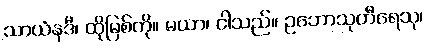
သာယံနဒီ၊ ထိုမြစ်ကို။ မယာ၊ ငါသည်။ ဥဘောသုတီရေသု၊